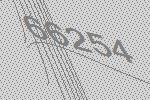
66254